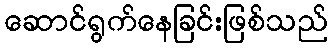
ဆောင်ရွက်နေခြင်းဖြစ်သည်